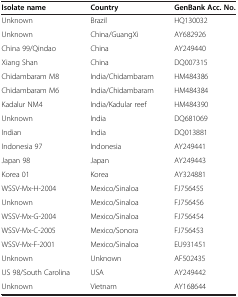
| Isolate name | Country | GenBank Acc. No. |
 | --- | --- | --- |
 | Unknown | Brazil | HQ130032 |
 | Unknown | China/GuangXi | AY682926 |
 | China 99/Qindao | China | AY249440 |
 | Xiang Shan | China | DQ007315 |
 | Chidambaram M8 | India/Chidambaram | HM484386 |
 | Chidambaram M6 | India/Chidambaram | HM484384 |
 | Kadalur NM4 | India/Kadular reef | HM484390 |
 | Unknown | India | DQ681069 |
 | Indian | India | DQ013881 |
 | Indonesia 97 | Indonesia | AY249441 |
 | Japan 98 | Japan | AY249443 |
 | Korea 01 | Korea | AY324881 |
 | WSSV-Mx-H-2004 | Mexico/Sinaloa | FJ756455 |
 | Unknown | Mexico/Sinaloa | FJ756456 |
 | WSSV-Mx-G-2004 | Mexico/Sinaloa | FJ756454 |
 | WSSV-Mx-C-2005 | Mexico/Sonora | FJ756453 |
 | WSSV-Mx-F-2001 | Mexico/Sinaloa | EU931451 |
 | Unknown | Unknown | AF502435 |
 | US 98/South Carolina | USA | AY249442 |
 | Unknown | Vietnam | AY168644 |